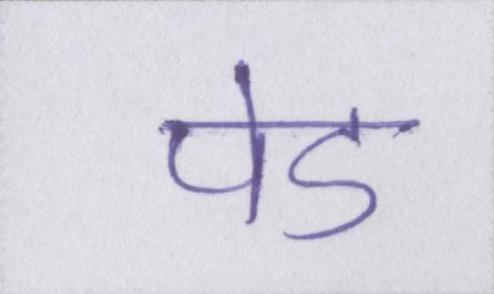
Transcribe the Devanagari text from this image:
पेड